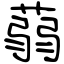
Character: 蒻